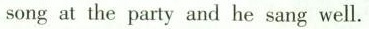
song at the party and he sang well.